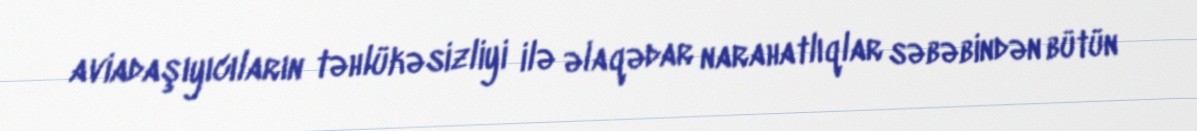
aviadaşıyıcıların təhlükəsizliyi ilə əlaqədar narahatlıqlar səbəbindən bütün